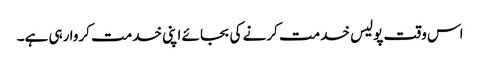
اس وقت پولیس خدمت کرنے کی بجائے اپنی خدمت کروا رہی ہے۔